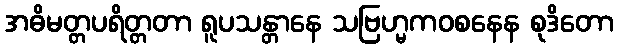
အဓိမတ္တပရိတ္တတာ ရူပသန္တာနေ သဗြဟ္မကဝစနေန စုဒိတော